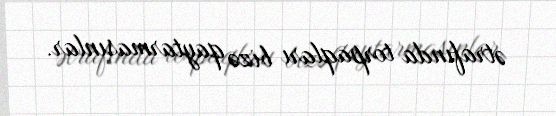
ətrafında torpaqları bizə qaytarmasınlar.